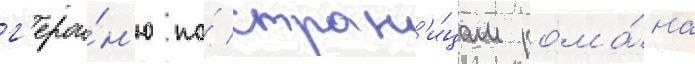
г'ерои́н'ю по́ стран'и́цам рома́на